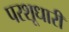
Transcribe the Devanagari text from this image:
परशूधारी